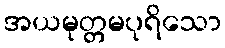
အယမုတ္တမပုရိသော